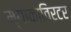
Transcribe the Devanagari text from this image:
म्याकाविरटर